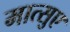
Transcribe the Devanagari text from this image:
मात्सुए